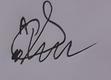
Signature authenticity: forged